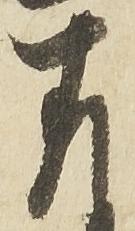
存